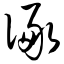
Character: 诼